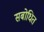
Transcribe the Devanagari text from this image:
सबोधित